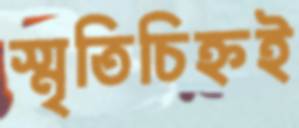
স্মৃতিচিহ্নই